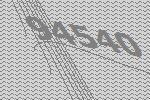
94540